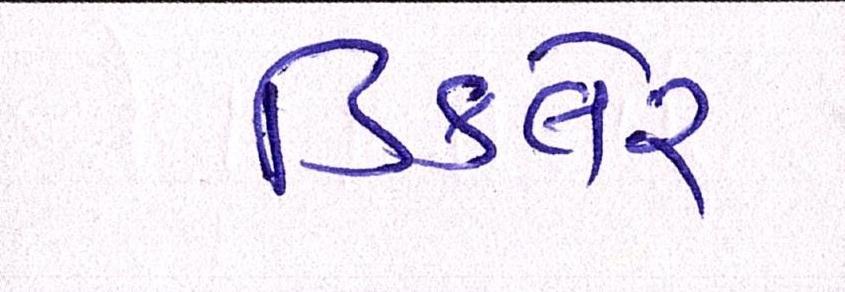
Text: ડિકલેર